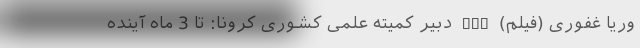
وریا غفوری (فیلم) nan دبیر کمیته علمی کشوری کرونا: تا 3 ماه آینده